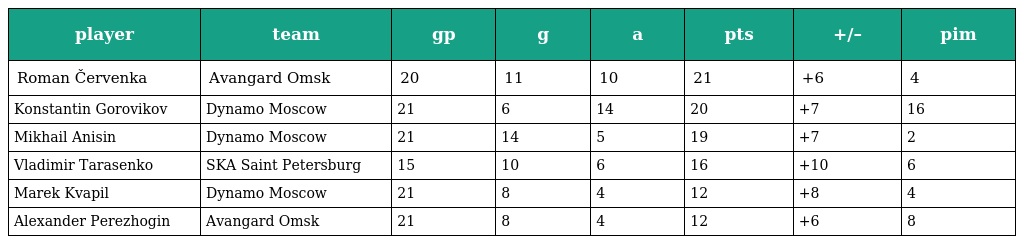
| player | team | gp | g | a | pts | +/– | pim |
 | --- | --- | --- | --- | --- | --- | --- | --- |
 | Roman Červenka | Avangard Omsk | 20 | 11 | 10 | 21 | +6 | 4 |
 | Konstantin Gorovikov | Dynamo Moscow | 21 | 6 | 14 | 20 | +7 | 16 |
 | Mikhail Anisin | Dynamo Moscow | 21 | 14 | 5 | 19 | +7 | 2 |
 | Vladimir Tarasenko | SKA Saint Petersburg | 15 | 10 | 6 | 16 | +10 | 6 |
 | Marek Kvapil | Dynamo Moscow | 21 | 8 | 4 | 12 | +8 | 4 |
 | Alexander Perezhogin | Avangard Omsk | 21 | 8 | 4 | 12 | +6 | 8 |